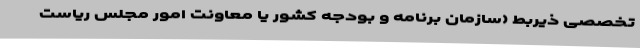
تخصصی ذیربط (سازمان برنامه و بودجه کشور یا معاونت امور مجلس ریاست